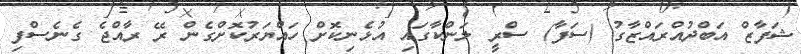
ޝަފާޒް އަބްދުއްރައްޒާގު (ސަފާ) ސްރީ ލަންކާގައި އުޅެނިކޮށް ހައްޔަރުކޮށްގެން ރޭ ރާއްޖެ ގެނެސްފި